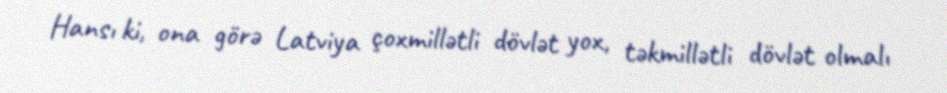
Hansı ki, ona görə Latviya çoxmillətli dövlət yox, təkmillətli dövlət olmalı